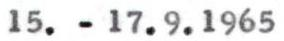
15. - 17.9.1965